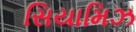
સિયામિઝ